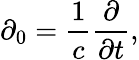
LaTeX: \partial_{0}=\frac{1}{c}\frac{\partial}{\partial t},